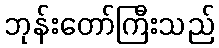
ဘုန်းတော်ကြီးသည်